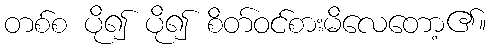
တစ်စ ပို၍ ပို၍ စိတ်ဝင်စားမိလေတော့၏။